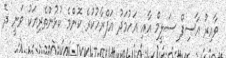
ވާއިރު އާސިފް ސަލީމް އާއި އަހުމަދު އަފްރާހުކުރެ ކޮންމެ ކުޅުންތެރިޔަކު ވަނީ ދެ